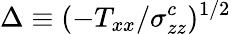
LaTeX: \Delta\equiv(-T_{xx}/\sigma_{zz}^{c})^{1/2}